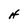
Character: H